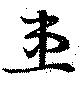
患